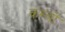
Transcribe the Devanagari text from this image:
कस्‍बों